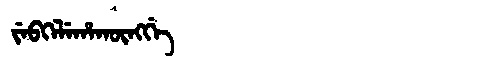
Manchu: ᠵᡝᠪᡴᡝᠯᡝᡥᠠᡴᡡᠩᡤᡝ
Romanization: JEBKELEHAKŪNGGE